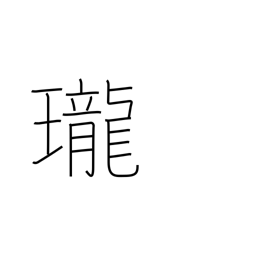
Meaning: clarity